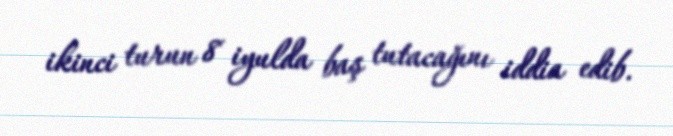
ikinci turun 8 iyulda baş tutacağını iddia edib.